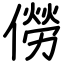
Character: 僗